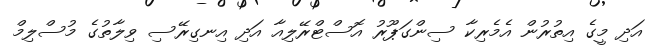
އަދި މީގެ އިތުރުން އެމެރިކާ ސިންގަޕޫރު އޮސްޓްރޭލިއާ އަދި އިނގިރޭސި ވިލާތުގެ މުސްލިމް